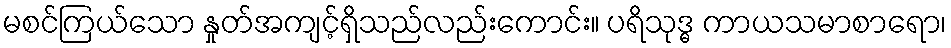
မစင်ကြယ်သော နှုတ်အကျင့်ရှိသည်လည်းကောင်း။ ပရိသုဒ္ဓ ကာယသမာစာရော၊